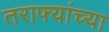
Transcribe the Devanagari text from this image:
तराफ्यांच्या